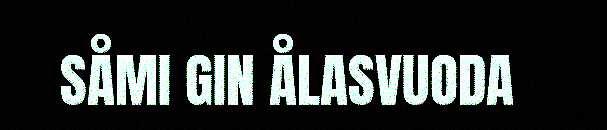
SÅMI GIN ÅLASVUODA